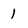
Character: 1